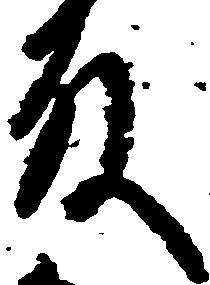
殿